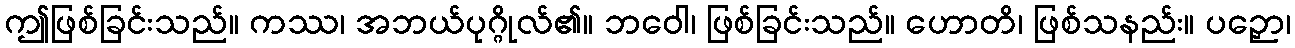
ဤဖြစ်ခြင်းသည်။ ကဿ၊ အဘယ်ပုဂ္ဂိုလ်၏။ ဘဝေါ၊ ဖြစ်ခြင်းသည်။ ဟောတိ၊ ဖြစ်သနည်း။ ပဉှော၊